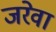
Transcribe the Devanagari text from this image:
जरेवा